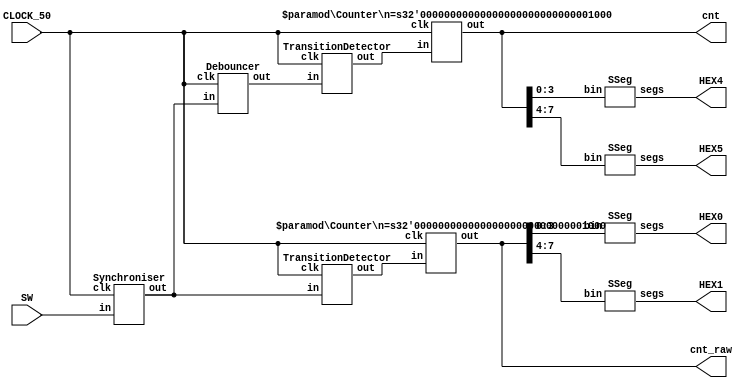
module Exercise1(
	input [0:0] SW,
	input CLOCK_50,
	output [7:0] cnt, cnt_raw,
	output [6:0] HEX5, HEX4, HEX1, HEX0);
	
	wire c = CLOCK_50;
	
	wire debounced_in, debounced_out;
	Synchroniser sync_in(.clk(c), .in(SW[0]), .out(debounced_in));
	Debouncer db(.clk(c), .in(debounced_in), .out(debounced_out));
	
	wire transDetec, transDetec_raw;
	TransitionDetector td(.clk(c), .in(debounced_out), .out(transDetec));
	TransitionDetector td_raw(.clk(c), .in(debounced_in), .out(transDetec_raw));
	
//	wire [7:0] cnt, cnt_raw;
	Counter #(8) counter(.clk(c), .in(transDetec), .out(cnt));
	Counter #(8) counter_raw(.clk(c), .in(transDetec_raw), .out(cnt_raw));
	
	SSeg ss4(.bin(cnt[3:0]), .segs(HEX4));
	SSeg ss5(.bin(cnt[7:4]), .segs(HEX5));
	SSeg ss0(.bin(cnt_raw[3:0]), .segs(HEX0));
	SSeg ss1(.bin(cnt_raw[7:4]), .segs(HEX1));
endmodule	

module Synchroniser(clk, in, out);
	parameter n = 1;
	input clk;
	input [n-1:0] in;
	output reg [n-1:0] out;
	
	reg [n-1:0] buff;
	always @(posedge clk) begin
		buff <= in;
		out <= buff;
	end
endmodule

module TransitionDetector(input clk, in, output out);
	reg prev;
	always @(posedge clk)
		prev <= in;
	assign out = prev ^ in;
endmodule

module Counter
	#(parameter n = 1)
	(input clk, 
	input in, 
	output reg [n-1:0] out = 0);
	
	always @(posedge clk)
		if(in) out <= out + 1'b1;
endmodule

module SSeg (input [3:0] bin, output reg [6:0] segs);
    always @(*)
			case(bin)
				4'b0000: segs = ~7'b0111111;
				4'b0001: segs = ~7'b0000110;
				4'b0010: segs = ~7'b1011011;
				4'b0011: segs = ~7'b1001111;
				4'b0100: segs = ~7'b1100110;
				4'b0101: segs = ~7'b1101101;
				4'b0110: segs = ~7'b1111101;
				4'b0111: segs = ~7'b0000111;
				4'b1000: segs = ~7'b1111111;
				4'b1001: segs = ~7'b1101111;
				4'b1010: segs = ~7'b1110111;
				4'b1011: segs = ~7'b1111100;
				4'b1100: segs = ~7'b0111001;
				4'b1101: segs = ~7'b1011110;
				4'b1110: segs = ~7'b1111001;
				4'b1111: segs = ~7'b1110001;
			endcase
endmodule

module Debouncer(input clk, in, output reg out = 0);
	localparam millisecond = 50000; //  1ms/(1/50M)
	localparam period = 10*millisecond;
	localparam size = $clog2(period);
	
	reg [size-1:0] cnt = 0, next_cnt;
	reg next_out;
	
	always @(posedge clk)
		{out, cnt} <= {next_out, next_cnt};
	
	always @(*) begin
		next_out = out;
		next_cnt = (in == out) ? 1'b0 : cnt + 1'b1;
		
		if (next_cnt == period) begin
			next_out = !out;
			next_cnt = 0;
		end
	end
endmodule